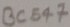
Text: BC547